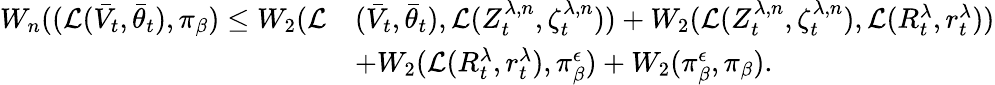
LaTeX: \begin{array}{rl}{W_{n}((\mathcal{L}(\bar{V}_{t},{\bar{\theta}_{t}}),\pi_{\beta})\leq W_{2}(\mathcal{L}}&{(\bar{V}_{t},{\bar{\theta}_{t}}),\mathcal{L}(Z_{t}^{\lambda,n},\zeta_{t}^{\lambda,n}))+W_{2}(\mathcal{L}(Z_{t}^{\lambda,n},\zeta_{t}^{\lambda,n}),\mathcal{L}(R_{t}^{\lambda},r_{t}^{\lambda}))}\\ &{+W_{2}(\mathcal{L}(R_{t}^{\lambda},r_{t}^{\lambda}),\pi_{\beta}^{\epsilon})+W_{2}(\pi_{\beta}^{\epsilon},\pi_{\beta}).}\end{array}